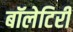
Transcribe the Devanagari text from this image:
बॉलेटिरी